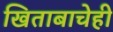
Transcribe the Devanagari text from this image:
खिताबाचेही